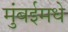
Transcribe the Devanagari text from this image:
मुंबईमधे